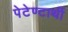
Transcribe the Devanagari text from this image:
पेटेण्टार्थी